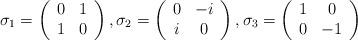
LaTeX: \begin{align*}\sigma_1=\left(\begin{array}{cc}0 & 1 \\1 & 0\end{array}\right),\sigma_2=\left(\begin{array}{cc}0 &-i \\i & 0\end{array}\right),\sigma_3=\left(\begin{array}{cc}1 & 0\\0 & -1\end{array}\right)\end{align*}